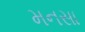
મનસા